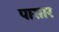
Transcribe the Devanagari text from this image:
पासार